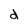
Character: d